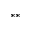
^ { * * }